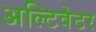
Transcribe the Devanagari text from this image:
अल्टिवेटर